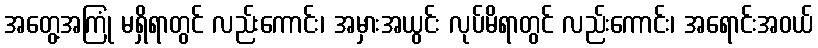
အတွေ့အကြုံ မရှိရာတွင် လည်းကောင်း၊ အမှားအယွင်း လုပ်မိရာတွင် လည်းကောင်း၊ အရောင်းအဝယ်